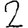
Digit: 2